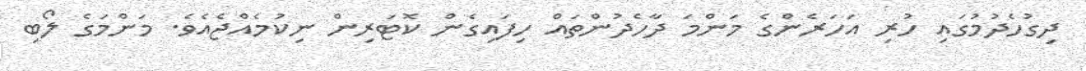
ދިގުހެދުމުގައި ހުރި އަހަރެންގެ މަންމަ ދާހެދުންތައް ހިފައިގެން ކޮޓަރިން ނިކުމެއްޖެއެވެ. މަންމަގެ ލޯބި